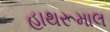
હાથરૂમાલ